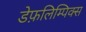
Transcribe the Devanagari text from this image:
डेफ़लिम्पिक्स